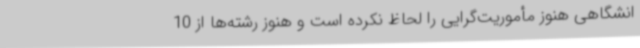
انشگاهی هنوز مأموریت‌گرایی را لحاظ نکرده است و هنوز رشته‌ها از 10